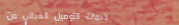
خدمات التوصيل الغذائي من